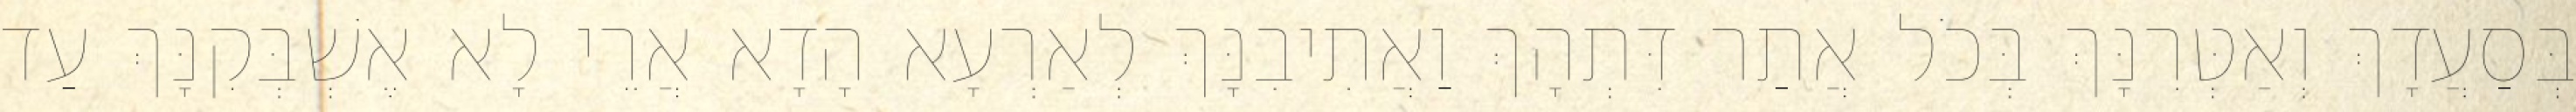
בְּסַעֲדָךְ וְאַטְּרִנָּךְ בְּכֹל אֲתַר דִּתְהָךְ וַאֲתִיבִנָּךְ לְאַרְעָא הָדָא אֲרֵי לָא אֶשְׁבְּקִנָּךְ עַד